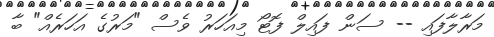
މަރާލާފައި -- ސަން ފައިލް ފޮޓޯ މިއަހަރު ވެސް "މަރުގެ އަހަރެއް" ބާ